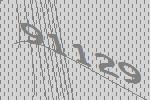
91129